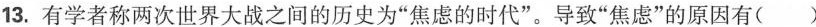
13.有学者称两次世界大战之间的历史为“焦虑的时代”。导致“焦虑”的原因有()